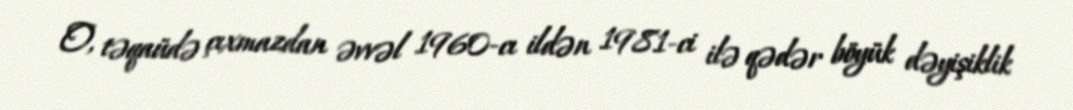
O, təqaüdə çıxmazdan əvvəl 1960-cı ildən 1981-ci ilə qədər böyük dəyişiklik